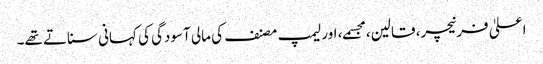
اعلیٰ فرنیچر، قالین، مجسمے، اور لیمپ مصنف کی مالی آسودگی کی کہانی سناتے تھے۔